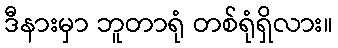
ဒီနားမှာ ဘူတာရုံ တစ်ရုံရှိလား။